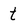
Character: t